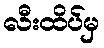
လီးထိပ်မှ